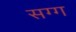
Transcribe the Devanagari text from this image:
सग्ग